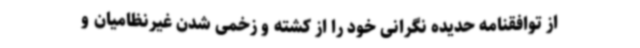
از توافقنامه حدیده نگرانی خود را از کشته و زخمی شدن غیرنظامیان و